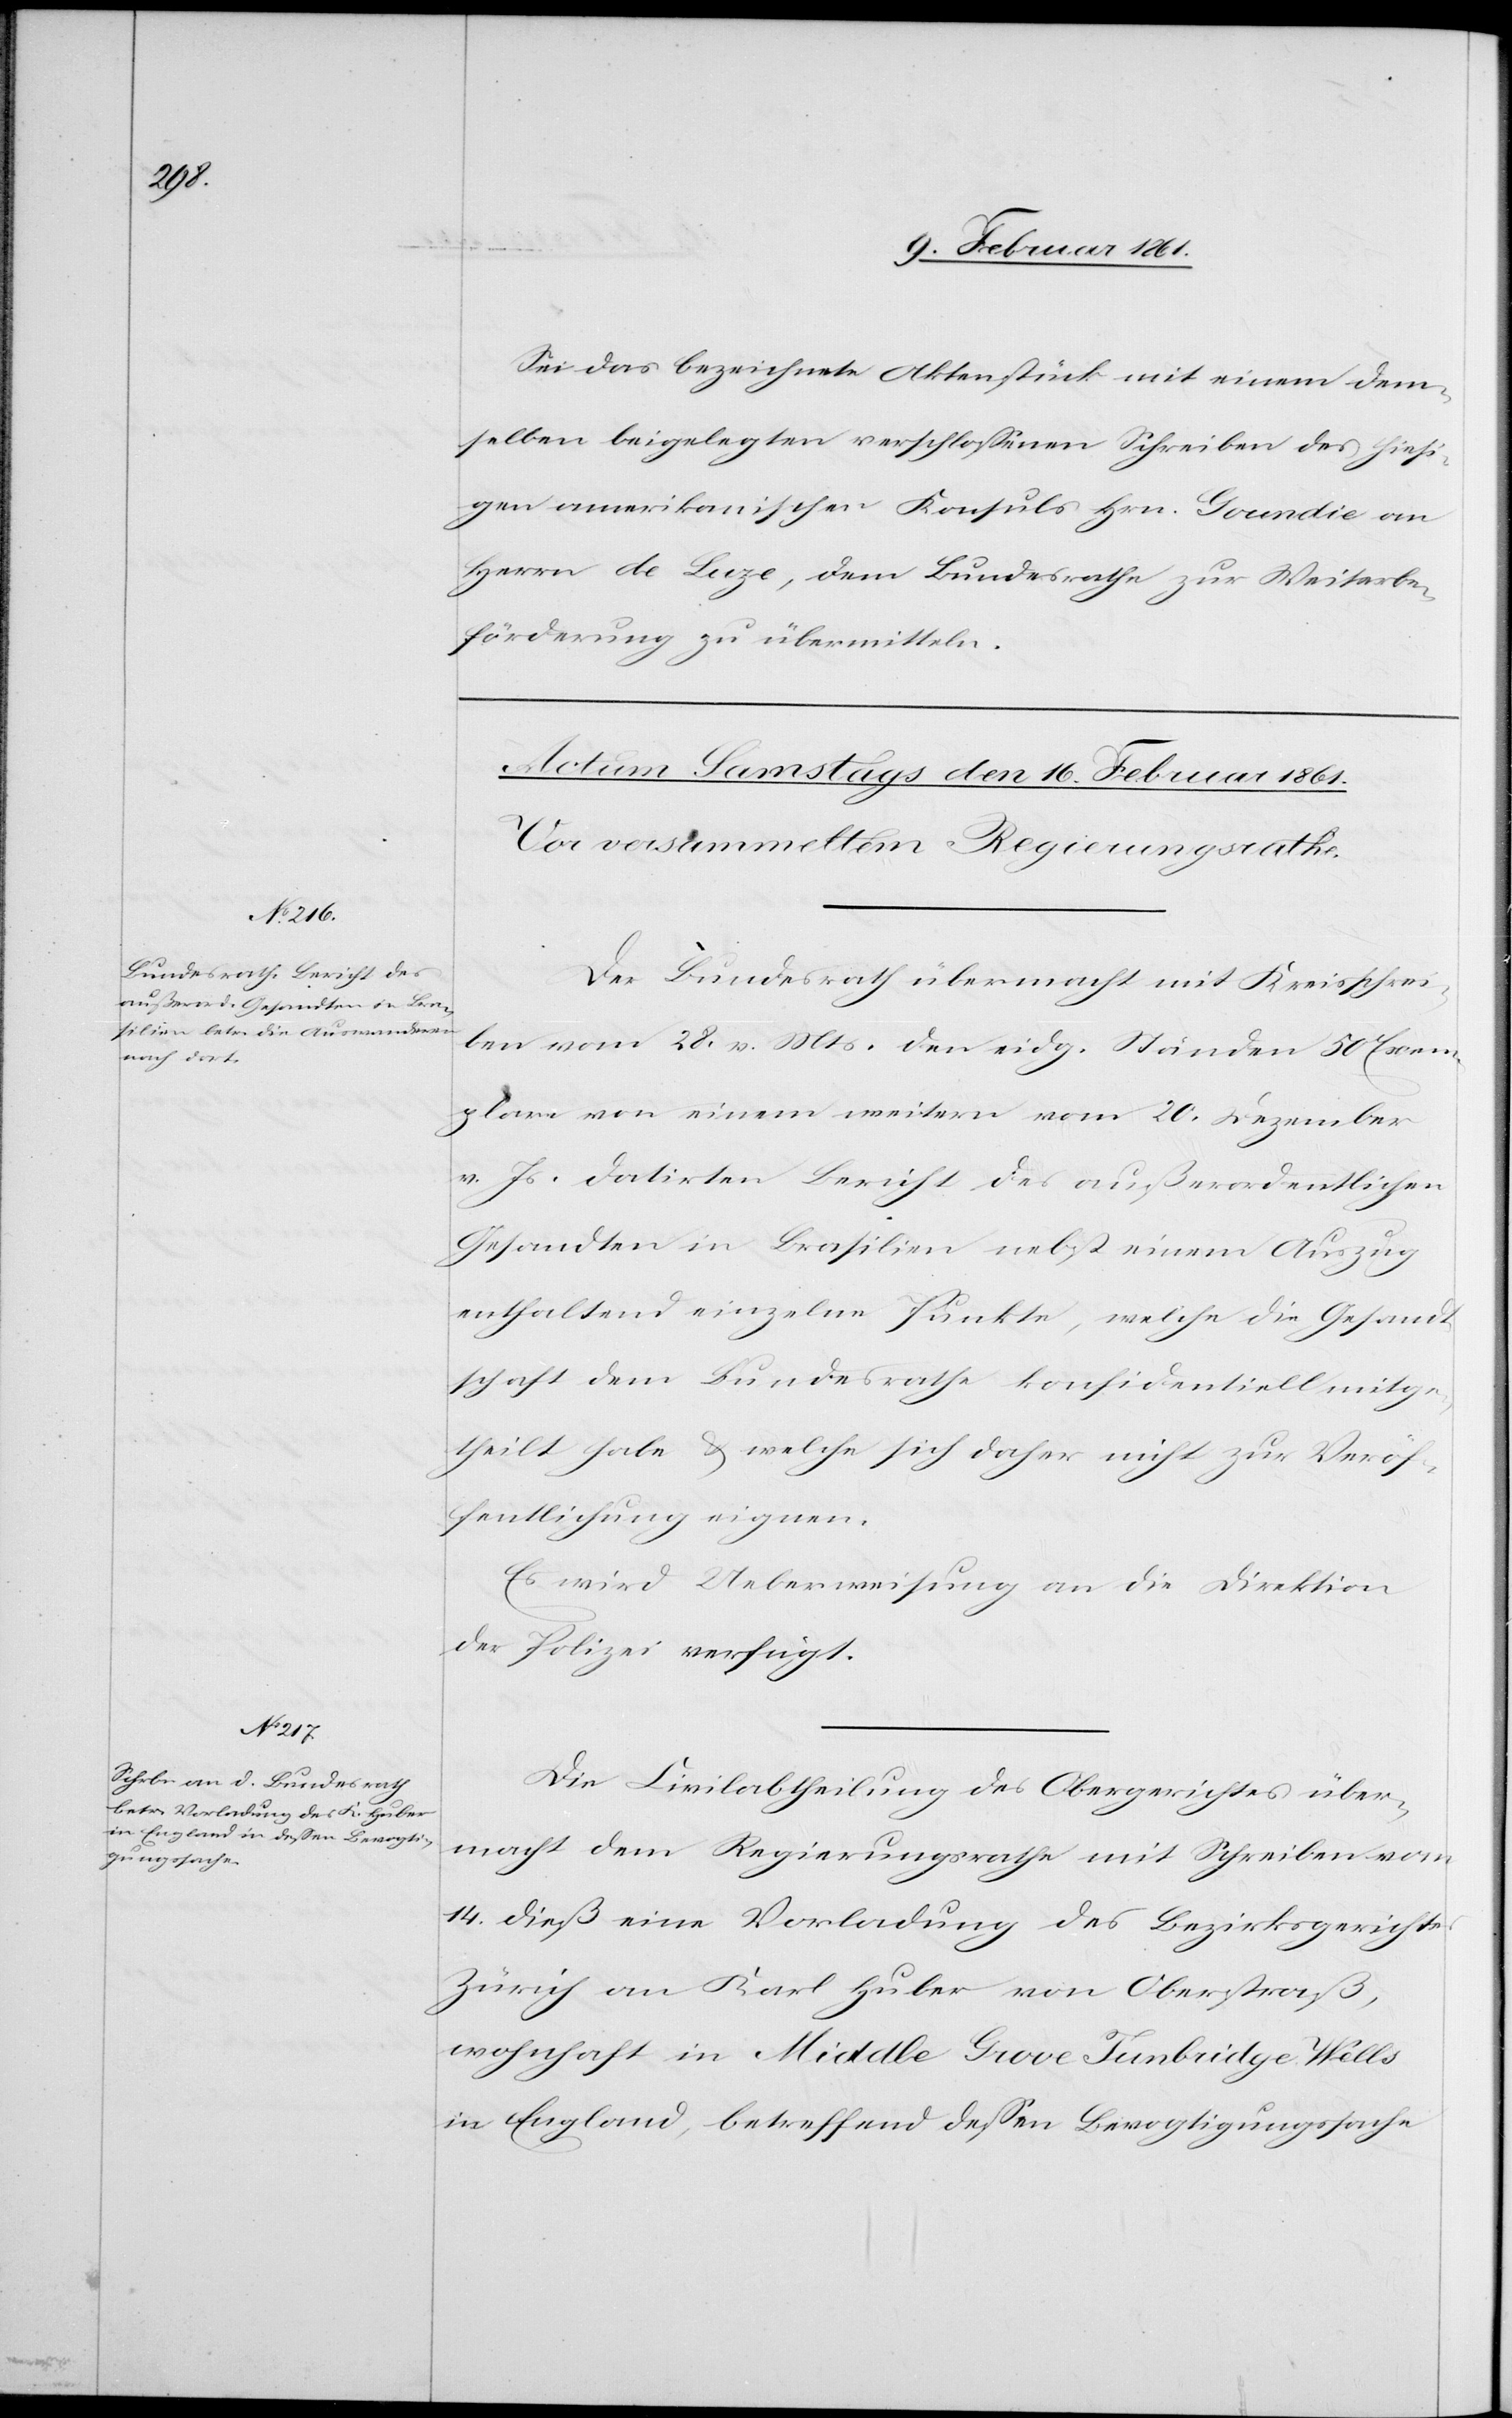
Sei das bezeichnete Aktenstück mit einem dem¬
selben beigelegten verschlossenen Schreiben des hiesi¬
gen amerikanischen Konsuls Hrn. Goundie an
Herrn de Luze, dem Bundesrathe zur Weiterbe¬
förderung zu übermitteln.
Der Bundesrath übermacht mit Kreisschrei¬
ben vom 28. v. Mts. den eidg. Ständen 50 Exem¬
plare von einem weitern vom 20. Dezember
v. Js. datirtem Bericht der außerordentlichen
Gesandten in Brasilien nebst einem Auszug
enthaltend einzelne Punkte, welche die Gesandt¬
schaft dem Bundesrathe konfidentiell mitge¬
theilt habe u. welche sich daher nicht zur Veröf¬
fentlichung eignen.
Es wird Ueberweisung an die Direktion
der Polizei verfügt.
Die Civilabtheilung des Obergerichtes über¬
macht dem Regierungsrathe mit Schreiben vom
14. dieß eine Vorladung des Bezirksgerichtes
Zürich an Karl Huber von Oberstraß,
wohnhaft in Middle Grove Tunbridge Wells
in England, betreffend dessen Bevogtigungssache